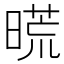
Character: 𣉪